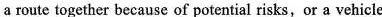
a route together because of potential tisks,or a vehicle